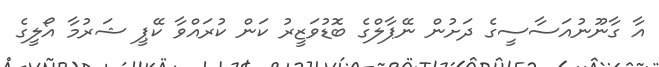
އާ ގާނޫނުއަސާސީގެ ދަށުން ނޭޕާލްގެ ބޮޑުވަޒީރު ކަން ކުރައްވާ ކޭޕީ ޝަރުމާ އޯލީގެ